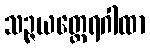
သဉ္ဇယတ္ထေရဂါထာ